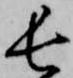
長